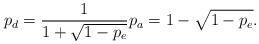
LaTeX: \begin{align*}p_d=\frac{1}{1+\sqrt{1-p_e}} p_a=1- \sqrt{1-p_e}.\end{align*}